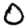
Digit: 0